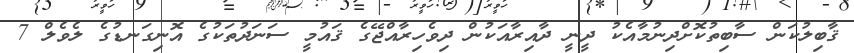
ޤާބިލުކަން ސާބިތުކޮށްދިނުމާއެކު ދީނީ ދާއިރާއަކުން ދިވެހިރާއްޖޭގެ ޤައުމީ ސަނަދުތަކުގެ އޮނިގަނޑުގެ ލެވެލް 7